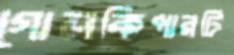
গোলকিপারটি